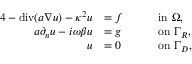
\begin{array} { r l r l } { { 4 } - \mathrm { d i v } ( a \nabla u ) - \kappa ^ { 2 } u } & { = f } & { \quad } & { \mathrm { i n ~ } \Omega , } \\ { a \partial _ { n } u - i \omega \beta u } & { = g } & { \quad } & { \mathrm { o n ~ } \Gamma _ { R } , } \\ { u } & { = 0 } & { \quad } & { \mathrm { o n ~ } \Gamma _ { D } , } \end{array}